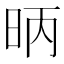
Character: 昞